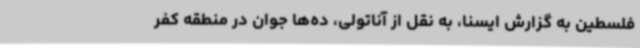
فلسطین به گزارش ایسنا، به نقل از آناتولی، ده‌ها جوان در منطقه کفر